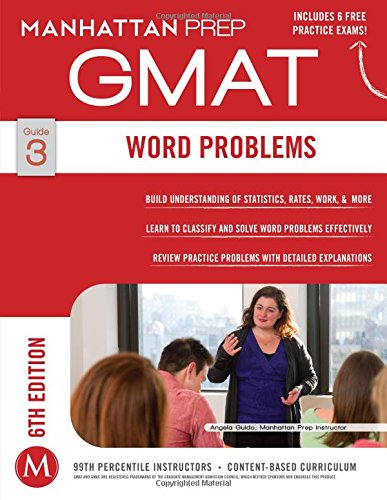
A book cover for GMAT Word Problems (Manhattan Prep GMAT Strategy Guides); Manhattan Prep; Test Preparation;